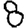
Digit: 8